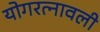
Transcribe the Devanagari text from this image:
योगरत्नावली